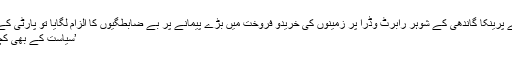
2012 میں جب عام آدمی پارٹی کے لیڈر اروند کیجریوال نے پرینکا گاندھی کے شوہر رابرٹ وڈرا پر زمینوں کی خریدو فروخت میں بڑے پیمانے پر بے ضابطگیوں کا الزام لگایا تو پارٹی کے سینئر لیڈر دگ وجے سنگھ نے یہ حیرت انگیز بیان دیا تھا:
’سیاست کے بھی کچھ اصول ہوتے ہیں، اروند کیجریوال نے ایک حد پار کی ہے۔